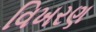
વિખરણ